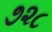
૭૨૮